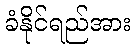
ခံနိုင်ရည်အား